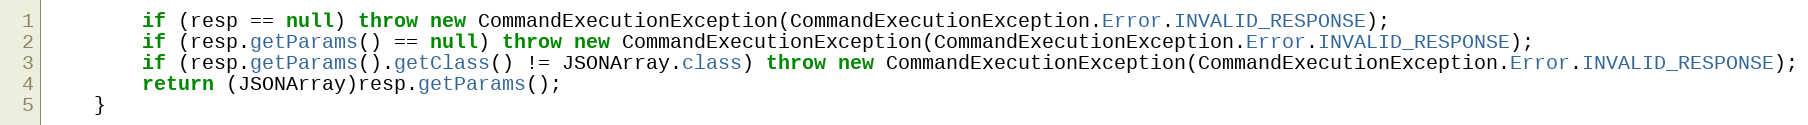
Language: Java
        if (resp == null) throw new CommandExecutionException(CommandExecutionException.Error.INVALID_RESPONSE);
        if (resp.getParams() == null) throw new CommandExecutionException(CommandExecutionException.Error.INVALID_RESPONSE);
        if (resp.getParams().getClass() != JSONArray.class) throw new CommandExecutionException(CommandExecutionException.Error.INVALID_RESPONSE);
        return (JSONArray)resp.getParams();
    }